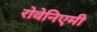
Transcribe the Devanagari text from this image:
रोवेनिएमी